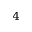
_ 4